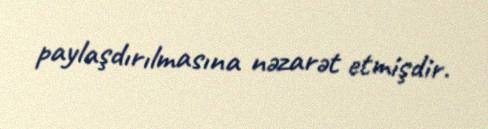
paylaşdırılmasına nəzarət etmişdir.